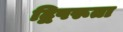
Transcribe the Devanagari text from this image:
द्विपरूता